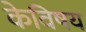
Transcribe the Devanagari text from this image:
केविषय